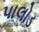
પાલોડ